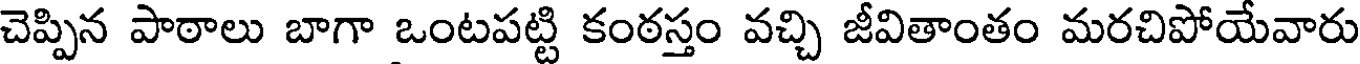
చెప్పిన పాఠాలు బాగా ఒంటపట్టి కంఠస్తం వచ్చి జీవితాంతం మరచిపోయేవారు